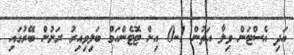
އަދި އެސްޓަން ވިލާ އަތުން 1-0 އިން ޓޮޓެންހަމް ބަލިވިިއިރު ރަށުން ބޭރުގައި